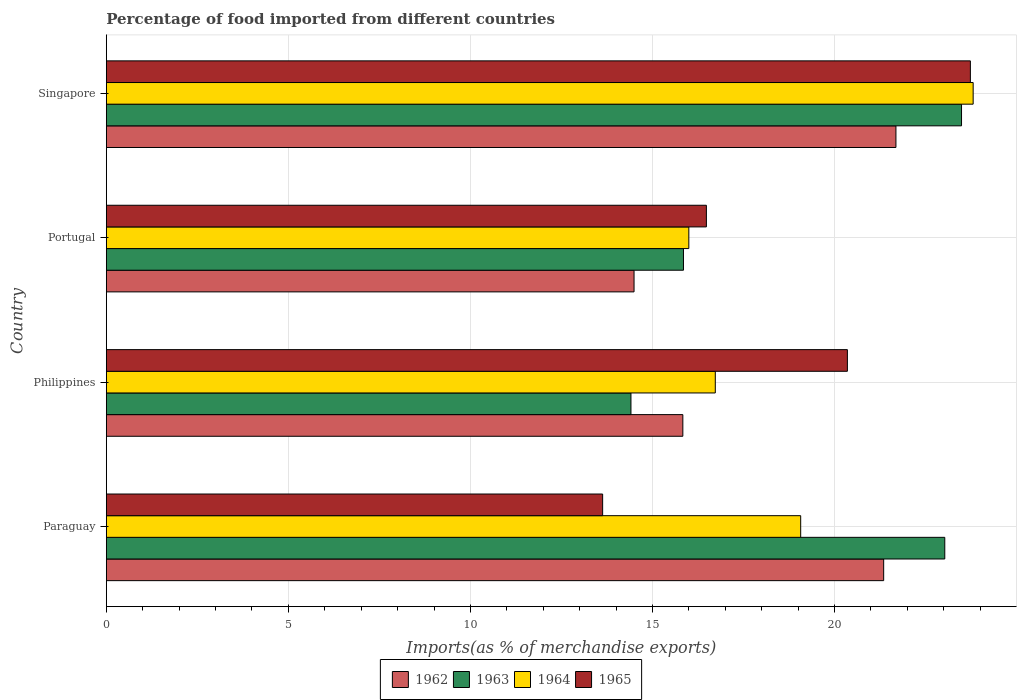
| Country | 1962 | 1963 | 1964 | 1965 |
 | --- | --- | --- | --- | --- |
 | Paraguay | 21.4 | 23 | 19.1 | 13.6 |
 | Philippines | 15.8 | 14.4 | 16.7 | 20.4 |
 | Portugal | 14.5 | 15.9 | 16 | 16.5 |
 | Singapore | 21.7 | 23.5 | 23.8 | 23.7 |